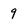
Character: 9